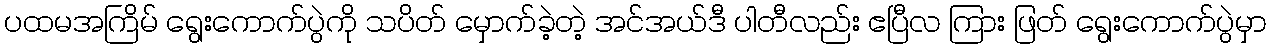
ပထမအကြိမ် ရွေးကောက်ပွဲကို သပိတ် မှောက်ခဲ့တဲ့ အင်အယ်ဒီ ပါတီလည်း ဧပြီလ ကြား ဖြတ် ရွေးကောက်ပွဲမှာ